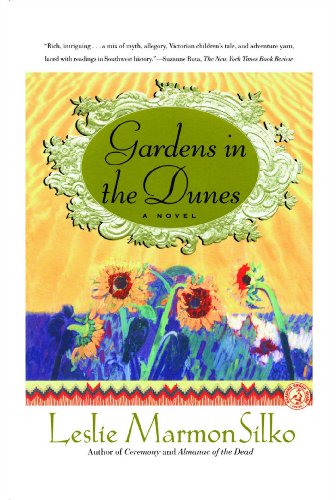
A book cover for GARDENS IN THE DUNES: A Novel; Leslie Marmon Silko; Literature & Fiction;